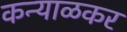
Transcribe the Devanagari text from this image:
कन्याळकर